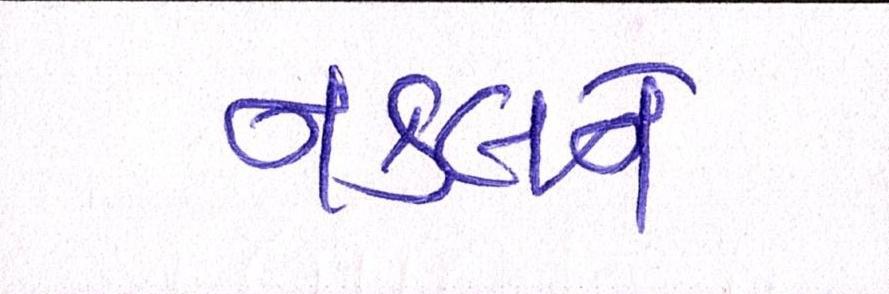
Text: નકલને